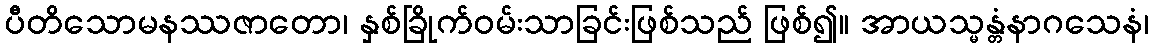
ပီတိသောမနဿဇာတော၊ နှစ်ခြိုက်ဝမ်းသာခြင်းဖြစ်သည် ဖြစ်၍။ အာယသ္မန္တံနာဂသေနံ၊